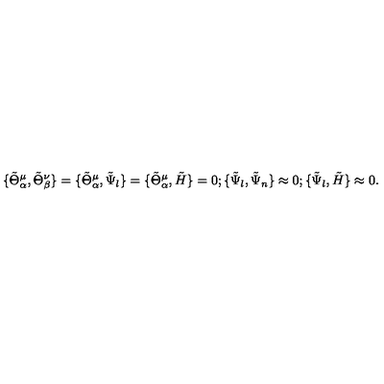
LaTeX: \{ \tilde { \Theta } _ { \alpha } ^ { \mu } , \tilde { \Theta } _ { \beta } ^ { \nu } \} = \{ \tilde { \Theta } _ { \alpha } ^ { \mu } , \tilde { \Psi } _ { l } \} = \{ \tilde { \Theta } _ { \alpha } ^ { \mu } , \tilde { H } \} = 0 ; \{ \tilde { \Psi } _ { l } , \tilde { \Psi } _ { n } \} \approx 0 ; \{ \tilde { \Psi } _ { l } , \tilde { H } \} \approx 0 .